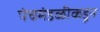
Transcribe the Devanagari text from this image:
पंचमंडळीकडून